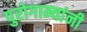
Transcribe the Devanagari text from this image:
पुरोगाम्यांनी